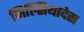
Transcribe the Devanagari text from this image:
मिल्सियादेस